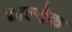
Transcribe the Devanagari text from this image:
काल्तेक